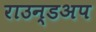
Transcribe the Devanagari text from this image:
राउन्डअप